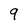
Character: 9